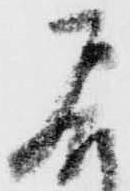
居